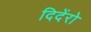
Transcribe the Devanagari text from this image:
दिदेंरो